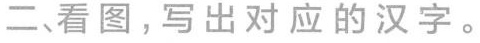
二、看图，写出对应的汉字。